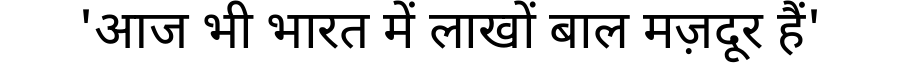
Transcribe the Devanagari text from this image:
'आज भी भारत में लाखों बाल मज़दूर हैं'